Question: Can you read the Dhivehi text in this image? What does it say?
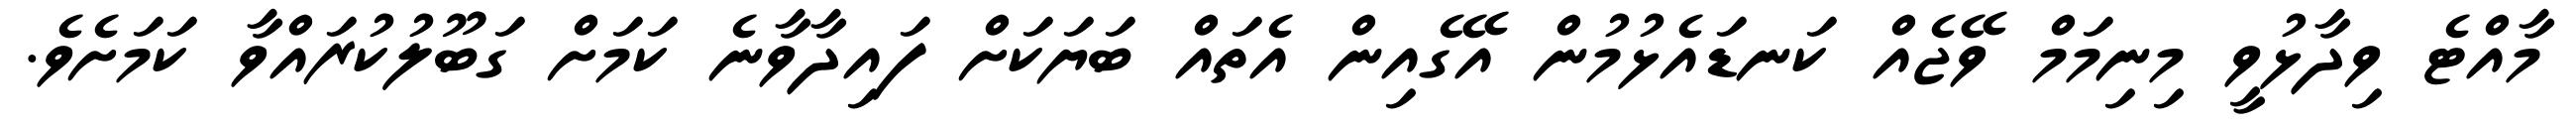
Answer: މާއްޓެ ވިދާޅުވީ މިނިމަމް ވޭޖެއް ކަނޑައެޅުމުން އޭގެއިން އެތައް ބަޔަކަށް ފައިދާވާނެ ކަމަށް ގަބޫލުކުރައްވާ ކަމަށެވެ.